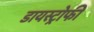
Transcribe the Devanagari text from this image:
डायस्ट्रोफी